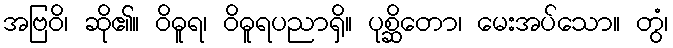
အဗြဝိ၊ ဆို၏။ ဝိဓူရ၊ ဝိဓူရပညာရှိ။ ပုစ္ဆိတော၊ မေးအပ်သော။ တွံ၊